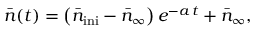
\bar { n } ( t ) = \left( \bar { n } _ { \mathrm { i n i } } - \bar { n } _ { \infty } \right) e ^ { - a \, t } + \bar { n } _ { \infty } ,